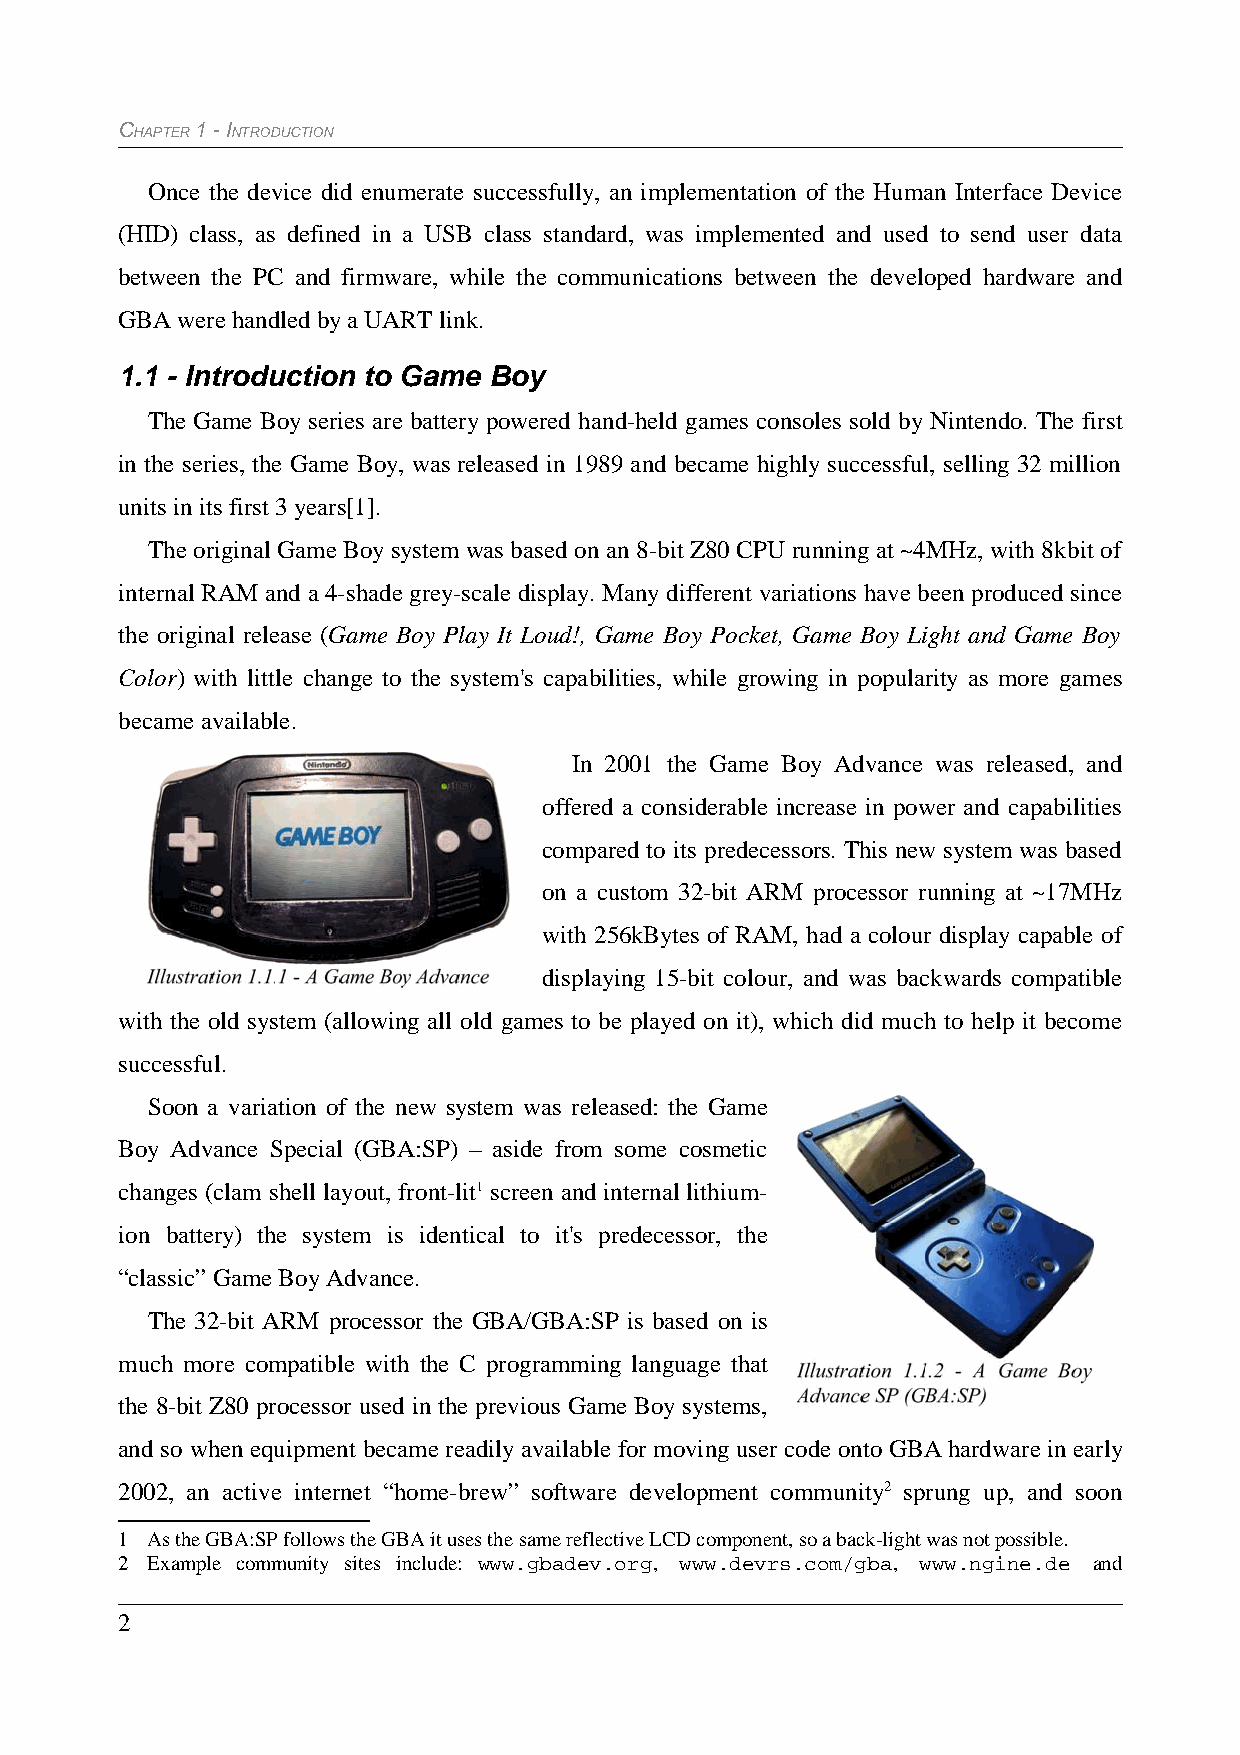
CHAPTER 1 - INTRODUCTION
 Once the device did enumerate successfully, an implementation of the Human Interface Device
 (HID) class, as defined in a USB class standard, was implemented and used to send user data
 between the PC and firmware, while the communications between the developed hardware and
 GBA were handled by a UART link.
 1.1 - Introduction to Game Boy
 The Game Boy series are battery powered hand-held games consoles sold by Nintendo. The first
 in the series, the Game Boy, was released in 1989 and became highly successful, selling 32 million
 units in its first 3 years[1].
 The original Game Boy system was based on an 8-bit Z80 CPU running at ~4MHz, with 8kbit of
 internal RAM and a 4-shade grey-scale display. Many different variations have been produced since
 the original release (Game Boy Play It Loud!, Game Boy Pocket, Game Boy Light and Game Boy
 Color) with little change to the system's capabilities, while growing in popularity as more games
 became available.
 In 2001 the Game Boy Advance was released, and
 offered a considerable increase in power and capabilities
 compared to its predecessors. This new system was based
 on a custom 32-bit ARM processor running at ~17MHz
 with 256kBytes of RAM, had a colour display capable of
 displaying 15-bit colour, and was backwards compatible
 with the old system (allowing all old games to be played on it), which did much to help it become
 successful.
 Soon a variation of the new system was released: the Game
 Boy Advance Special (GBA:SP) – aside from some cosmetic
 changes (clam shell layout, front-lit1 screen and internal lithium-
 ion battery) the system is identical to it's predecessor, the
 “classic” Game Boy Advance.
 The 32-bit ARM processor the GBA/GBA:SP is based on is
 much more compatible with the C programming language that
 the 8-bit Z80 processor used in the previous Game Boy systems,
 and so when equipment became readily available for moving user code onto GBA hardware in early
 2002, an active internet “home-brew” software development community2 sprung up, and soon
 1 As the GBA:SP follows the GBA it uses the same reflective LCD component, so a back-light was not possible.
 2 Example community sites include: www.gbadev.org, www.devrs.com/gba, www.ngine.de and
 2